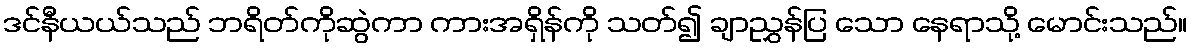
ဒင်နီယယ်သည် ဘရိတ်ကိုဆွဲကာ ကားအရှိန်ကို သတ်၍ ချာညွှန်ပြ သော နေရာသို့ မောင်းသည်။